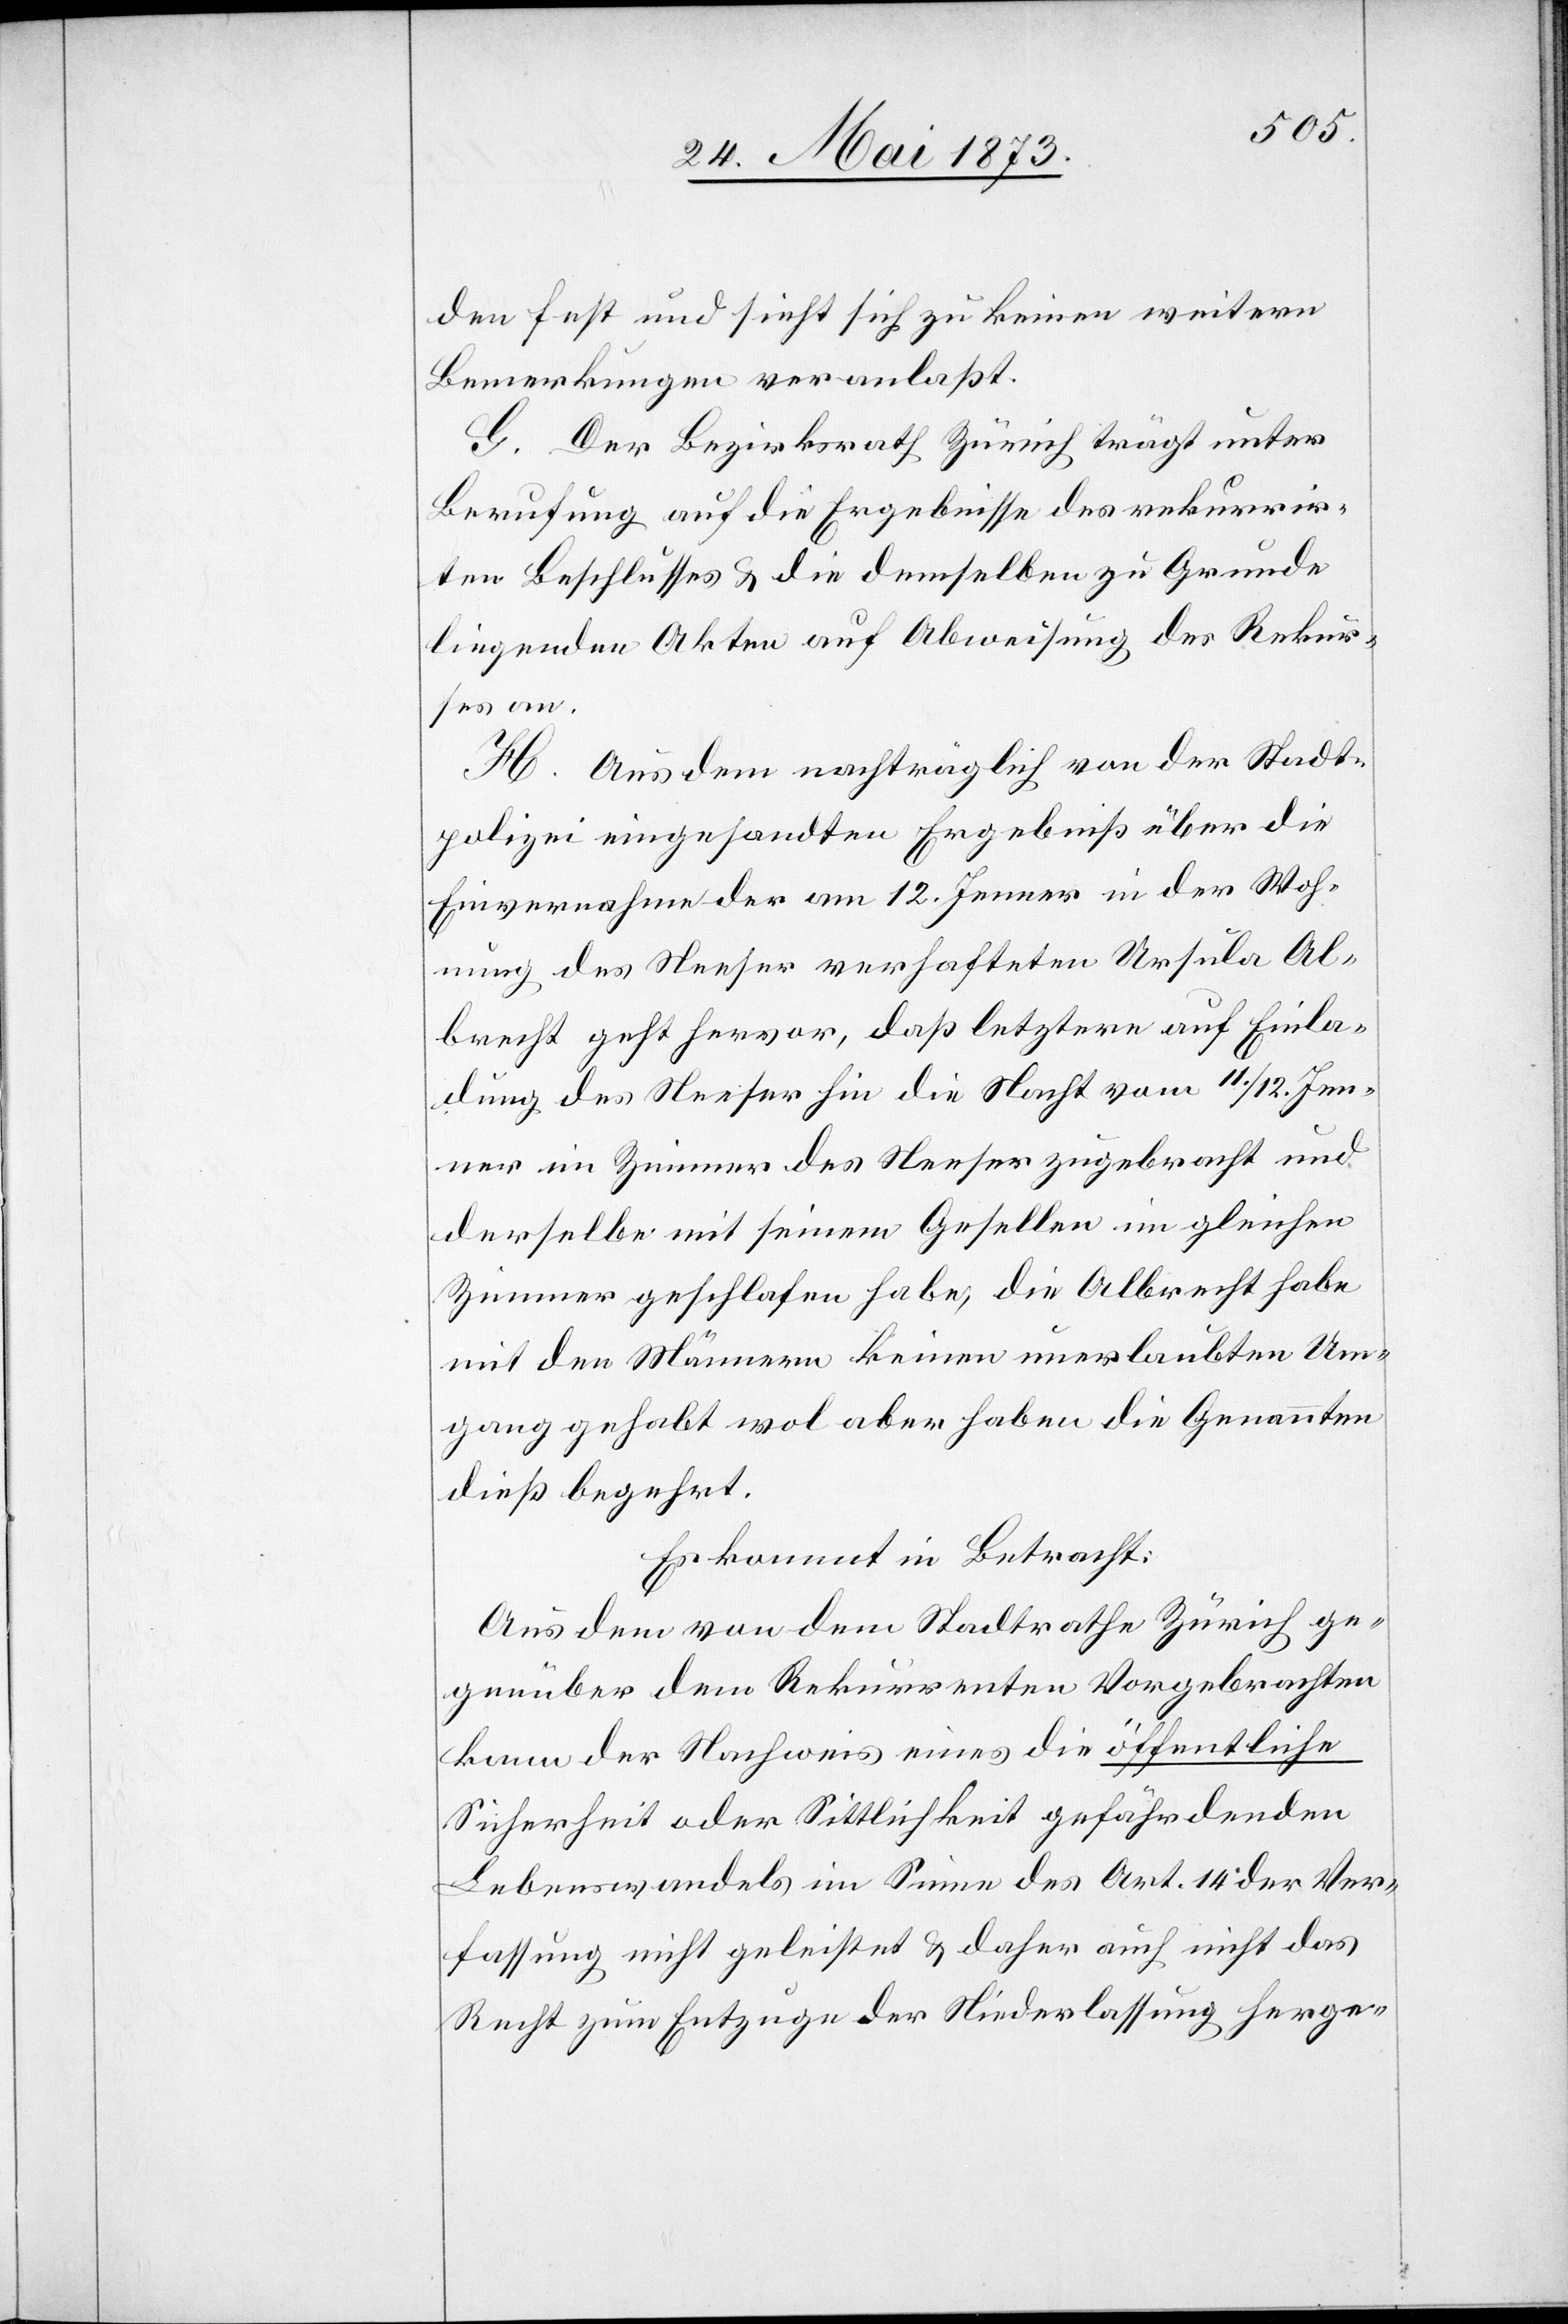
den fest und sieht sich zu keinen weitern
Bemerkungen veranlaßt.
G. Der Bezirksrath Zürich trägt unter
Berufung auf die Ergebnisse des rekurrir¬
ten Beschlusses & die demselben zu Grunde
liegenden Akten auf Abweisung des Rekur¬
ses an.
H. Aus dem nachträglich von der Stadt¬
polizei eingesandten Ergebniß über die
Einvernahme der am 12. Jenner in der Woh¬
nung des Neeser verhafteten Ursula Al¬
brecht geht hervor, daß letztere auf Einla¬
dung des Neeser hin die Nacht vom 11./12. Jen¬
ner im Zimmer des Neeser zugebracht und
derselbe mit seinem Gesellen im gleichen
Zimmer geschlafen habe, die Albrecht habe
mit den Männern keinen unerlaubten Um¬
gang gehabt wol aber haben die Genannten
dieß begehrt.
Es kommt in Betracht:
Aus dem von dem Stadtrathe Zürich ge¬
genüber dem Rekurrenten Vorgebrachten
kann der Nachweis eines die öffentliche
Sicherheit oder Sittlichkeit gefährdenden
Lebenswandels im Sinne des Art. 14 der Ver¬
fassung nicht geleistet & daher auch nicht das
Recht zum Entzuge der Niederlassung herge-